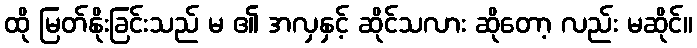
ထို မြတ်နိုးခြင်းသည် မ ၏ အလှနှင့် ဆိုင်သလား ဆိုတော့ လည်း မဆိုင်။